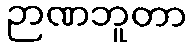
ဉာဏဘူတာ